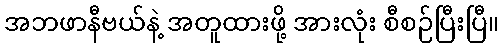
အဘဖာနီဗယ်နဲ့ အတူထားဖို့ အားလုံး စီစဉ်ပြီးပြီ။